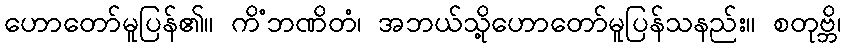
ဟောတော်မူပြန်၏။ ကိံဘဏိတံ၊ အဘယ်သို့ဟောတော်မူပြန်သနည်း။ စတုဗ္ဘိ၊